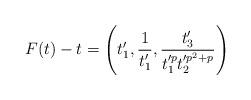
LaTeX: \begin{align*}F(t)-t=\left(t_{1}', \frac{1}{t_{1}'}, \frac{t_{3}'}{t_{1}'^{p}t_{2}'^{p^{2}+p}}\right) \end{align*}